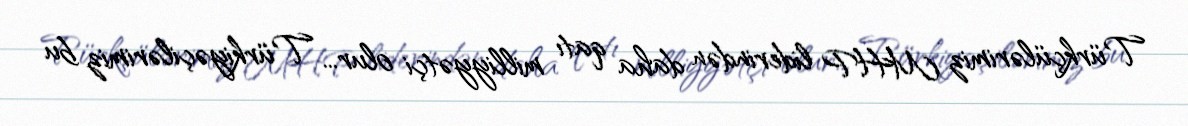
Türkçülərimiz MHP liderindən daha qatı milliyyətçi olur... Türkiyəçilərimiz bu